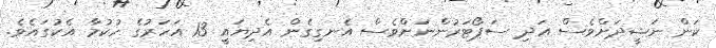
ކަން ނަޝީދަށްވެސް އަދި ސަޕޯޓަރުންނަށްވެސް އެނގިގެން އެދިޔައީ 13 އަހަރުގެ ހުކުމާ އެކުގައެވެ.